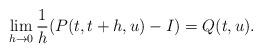
LaTeX: \begin{align*} \lim_{h\to0} \frac{1}{h}(P(t,t+h,u)-I) = Q(t,u).\end{align*}